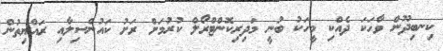
ކިނބިދޫން ވާހަކަ ދެއްކި މީހަކު ބުނީ މަދިރިކޮންޓްރޯލް ކުރުމަށް ރަށު ކައުންސިލާއި ރައްޔިތުން